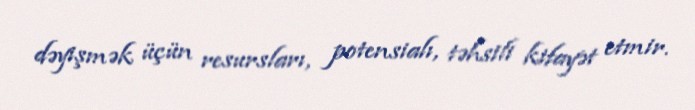
dəyişmək üçün resursları, potensialı, təhsili kifayət etmir.